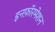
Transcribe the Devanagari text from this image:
इनफ़ॉरमेशन